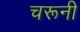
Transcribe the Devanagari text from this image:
चरूनी